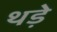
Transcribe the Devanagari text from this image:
थड़े